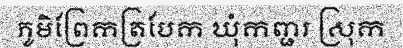
ភូមិព្រែកត្របែក ឃុំកញ្ជរ ស្រុក